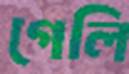
গেলি